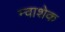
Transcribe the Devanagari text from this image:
न्वाशेक